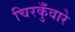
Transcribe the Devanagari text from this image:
चिरकुँवारे